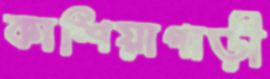
কাশিয়াগাড়ী